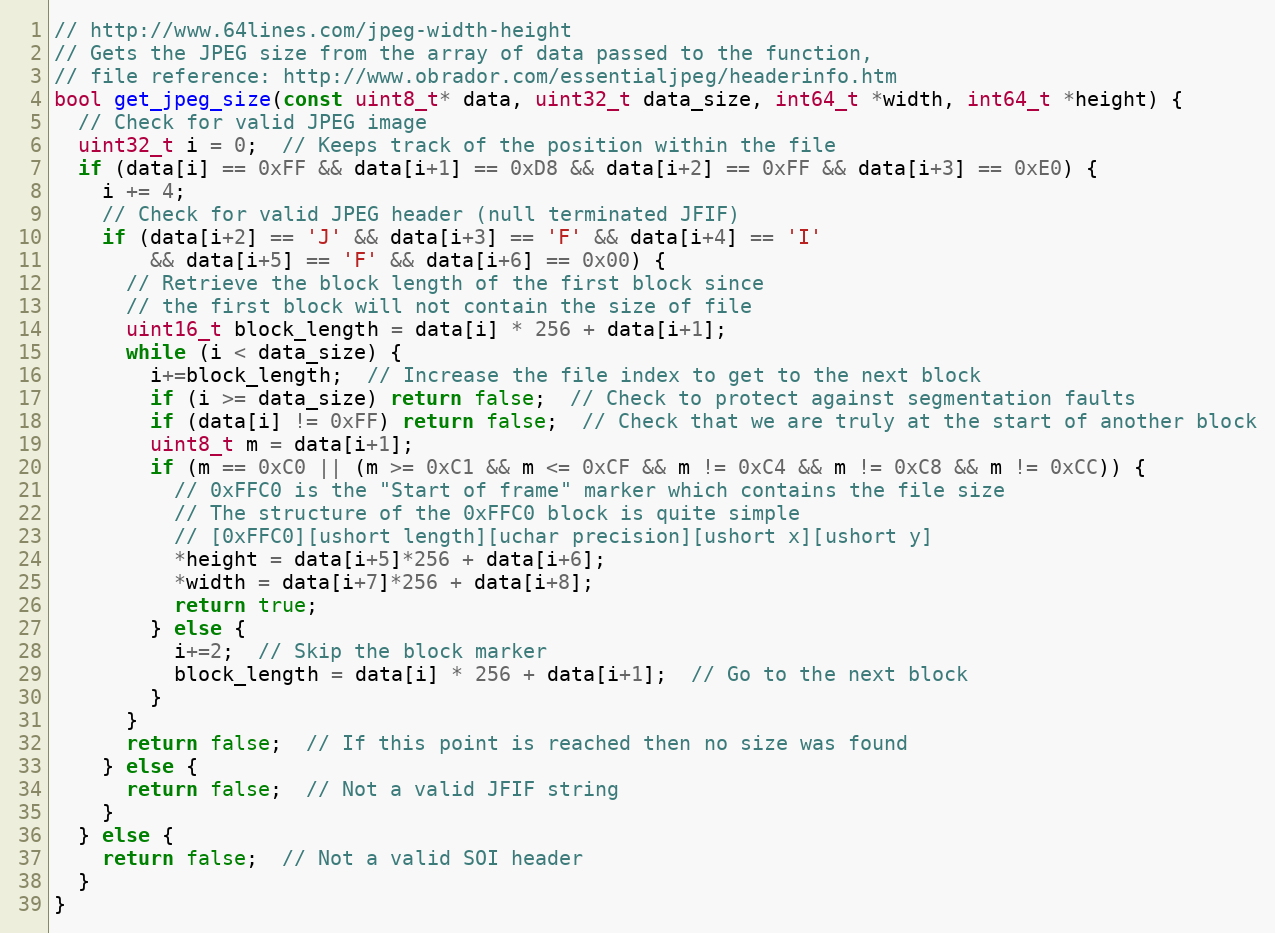
Language: C++
// http://www.64lines.com/jpeg-width-height
// Gets the JPEG size from the array of data passed to the function,
// file reference: http://www.obrador.com/essentialjpeg/headerinfo.htm
bool get_jpeg_size(const uint8_t* data, uint32_t data_size, int64_t *width, int64_t *height) {
  // Check for valid JPEG image
  uint32_t i = 0;  // Keeps track of the position within the file
  if (data[i] == 0xFF && data[i+1] == 0xD8 && data[i+2] == 0xFF && data[i+3] == 0xE0) {
    i += 4;
    // Check for valid JPEG header (null terminated JFIF)
    if (data[i+2] == 'J' && data[i+3] == 'F' && data[i+4] == 'I'
        && data[i+5] == 'F' && data[i+6] == 0x00) {
      // Retrieve the block length of the first block since
      // the first block will not contain the size of file
      uint16_t block_length = data[i] * 256 + data[i+1];
      while (i < data_size) {
        i+=block_length;  // Increase the file index to get to the next block
        if (i >= data_size) return false;  // Check to protect against segmentation faults
        if (data[i] != 0xFF) return false;  // Check that we are truly at the start of another block
        uint8_t m = data[i+1];
        if (m == 0xC0 || (m >= 0xC1 && m <= 0xCF && m != 0xC4 && m != 0xC8 && m != 0xCC)) {
          // 0xFFC0 is the "Start of frame" marker which contains the file size
          // The structure of the 0xFFC0 block is quite simple
          // [0xFFC0][ushort length][uchar precision][ushort x][ushort y]
          *height = data[i+5]*256 + data[i+6];
          *width = data[i+7]*256 + data[i+8];
          return true;
        } else {
          i+=2;  // Skip the block marker
          block_length = data[i] * 256 + data[i+1];  // Go to the next block
        }
      }
      return false;  // If this point is reached then no size was found
    } else {
      return false;  // Not a valid JFIF string
    }
  } else {
    return false;  // Not a valid SOI header
  }
}